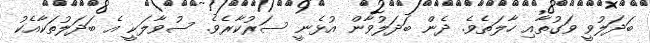
ބަދަލުވީ ވަގުތާއި ހާލަތެވެ. ދެން ބަދަލުވާން އުޅެނީ ސަރުކާރެވެ. ސުވާލަކީ އެ ބަދަލުތަކާއެކު